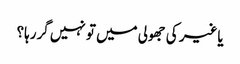
یاغیر کی جھولی میں تو نہیں گررہا؟